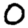
Digit: 0